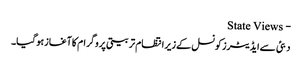
- State Views
دبئی سےایڈیٹرزکونسل کےزیرانتظام تربیتی پروگرام کاآغازہوگیا۔